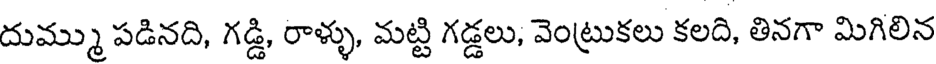
దుమ్ము పడినది, గడ్డి, రాళ్ళు, మట్టి గడ్డలు, వెంట్రుకలు కలది, తినగా మిగిలిన